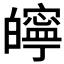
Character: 𤾱